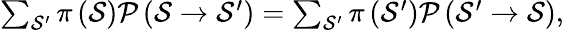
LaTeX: \begin{array}{r}{\sum_{\mathcal{S}^{\prime}}\pi\left(\mathcal{S}\right)\mathcal{P}\left(\mathcal{S}\rightarrow\mathcal{S}^{\prime}\right)=\sum_{\mathcal{S}^{\prime}}\pi\left(\mathcal{S}^{\prime}\right)\mathcal{P}\left(\mathcal{S}^{\prime}\rightarrow\mathcal{S}\right),}\end{array}